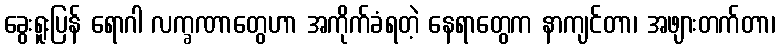
ခွေးရူးပြန် ရောဂါ လက္ခဏာတွေဟာ အကိုက်ခံရတဲ့ နေရာတွေက နာကျင်တာ၊ အဖျားတက်တာ၊